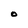
Character: O